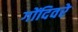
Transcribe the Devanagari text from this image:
गोंदिवरे